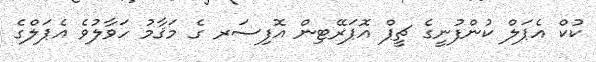
ކުކް އެޕަލް ކުންފުނީގެ ޗީޕް އޮޕަރޭޓިން އޮފިސަރ ގެ މަޤާމު ހަވާލުވެ އެޕަލްގެ